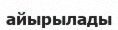
айырылады